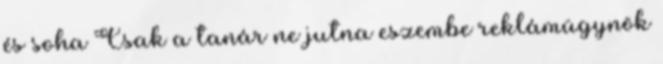
és soha Csak a tanár ne jutna eszembe reklámügynök